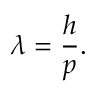
\lambda = { \frac { h } { p } } .